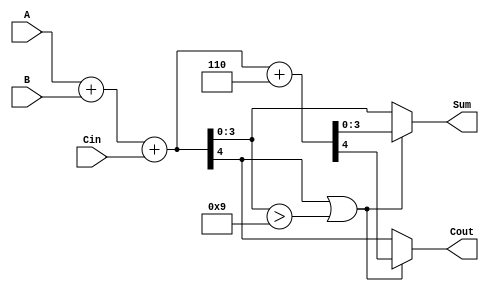
module BCD_Hybrid_Adder (
    input [3:0] A,      // First BCD digit input
    input [3:0] B,      // Second BCD digit input
    input Cin,          // Carry input
    output reg [3:0] Sum,  // BCD sum output
    output reg Cout      // Carry output
);

    wire [4:0] S;       // Intermediate sum (5 bits to accommodate carry)
    wire [4:0] corrected_sum; // Corrected sum after BCD adjustment

    // Step 1: Binary Addition
    assign S = A + B + Cin;

    // Step 2: BCD Correction Logic
    always @(*) begin
        // Initialize output
        Sum = 4'b0000;
        Cout = 1'b0;

        // Check if correction is needed
        if (S[4] || (S[3:0] > 4'd9)) begin
            // Apply BCD correction (add 6)
            corrected_sum = S + 5'd6;
            Sum = corrected_sum[3:0];   // Take the lower 4 bits as the BCD sum
            Cout = corrected_sum[4];     // The 5th bit becomes the carry out
        end else begin
            // No correction needed
            Sum = S[3:0];   // Lower 4 bits are valid BCD sum
            Cout = S[4];    // 5th bit is carry out
        end
    end
endmodule